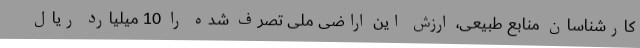
کارشناسان منابع طبیعی، ارزش این اراضی ملی تصرف شده را 10 میلیارد ریال